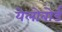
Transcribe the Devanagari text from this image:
येलोबोर्ड